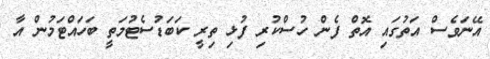
އޭނަވެސް އަތުގައި އޮތް ފެން ހުސްކުރި ފުޅި ތިރީ ކަބަޑުސެޓުމަތީ ބަހައްޓަމުން އާ